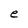
Character: e